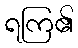
ရကြ၏